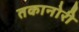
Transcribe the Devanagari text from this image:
तकानोरी